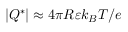
| Q ^ { * } | \approx 4 \pi R \varepsilon k _ { B } T / e